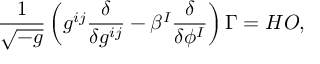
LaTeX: \frac { 1 } { \sqrt { - g } } \left( g ^ { i j } { \frac { \delta } { \delta g ^ { i j } } } - \beta ^ { I } \frac { \delta } { \delta \phi ^ { I } } \right) \Gamma = H O ,